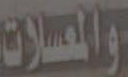
والعملات